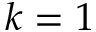
k = 1